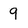
Character: 9